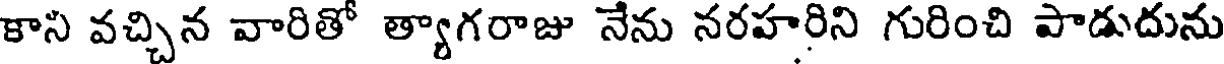
కాని వచ్చిన వారితో త్యాగరాజు నేను నరహరిని గురించి పాడుదును